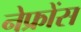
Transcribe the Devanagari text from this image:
नेफ्रोंस